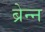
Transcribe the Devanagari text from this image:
ब्रेन्न